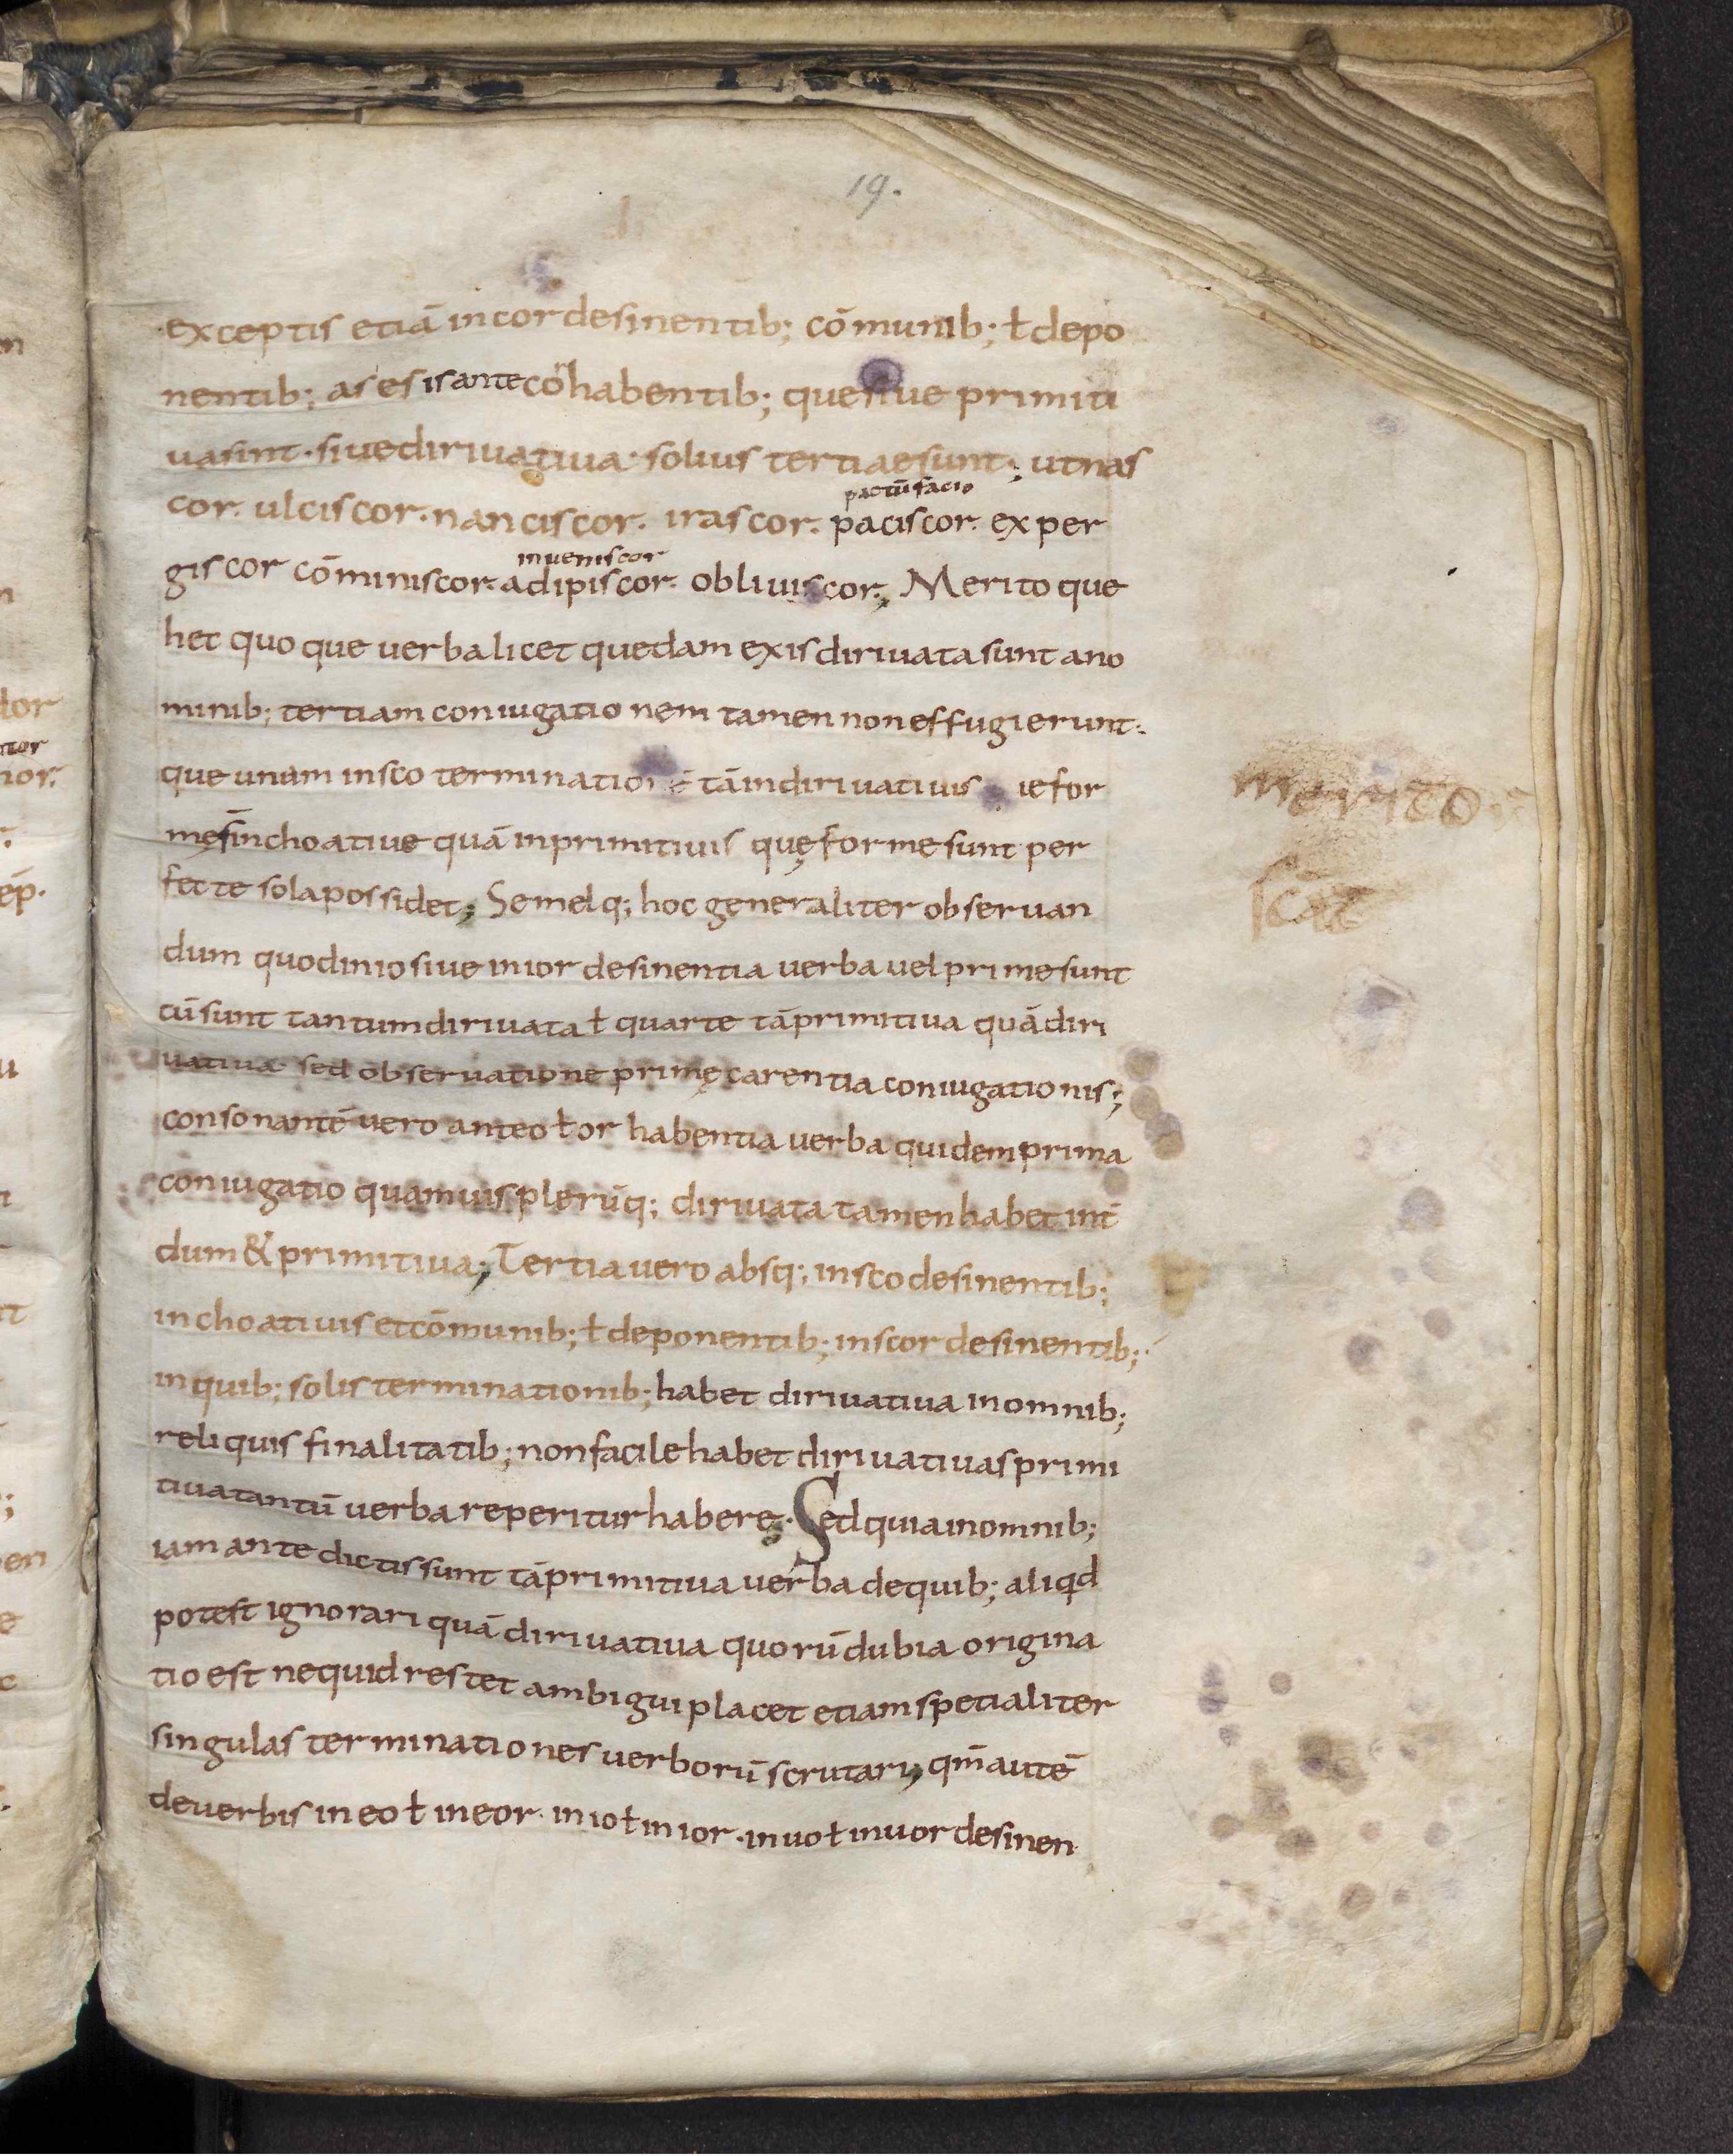
Shelfmark: Leiden, Bibliotheek der Rijksuniversiteit, Voss. Lat. O 41
Century: 9